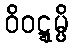
ဝိဝဋ္ဋမ္ပိ